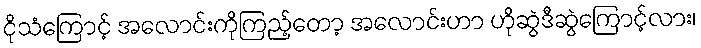
ငိုသံကြောင့် အလောင်းကိုကြည့်တော့ အလောင်းဟာ ဟိုဆွဲဒီဆွဲကြောင့်လား၊